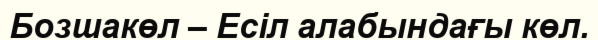
Бозшакөл – Есіл алабындағы көл.